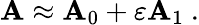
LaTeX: \mathbf{A}\approx\mathbf{A}_{0}+\varepsilon\mathbf{A}_{1}~.